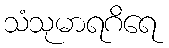
သံသုမာရဂိရေ